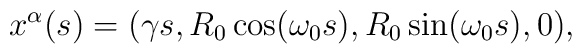
x^{\alpha}(s)= (\gamma s, R_{0}\cos (\omega _{0}s), R_{0}\sin (\omega _{0}s), 0),